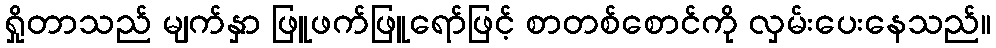
ရှိုတာသည် မျက်နှာ ဖြူဖက်ဖြူရော်ဖြင့် စာတစ်စောင်ကို လှမ်းပေးနေသည်။